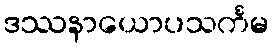
ဒဿနာယောပသင်္ကမ